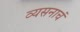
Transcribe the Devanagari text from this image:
व्यसनाचं